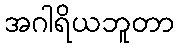
အဂါရိယဘူတာ